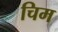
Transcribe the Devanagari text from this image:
चिम